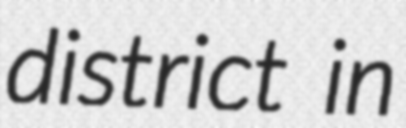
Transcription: district in